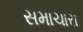
સમાચારા